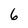
Character: 6